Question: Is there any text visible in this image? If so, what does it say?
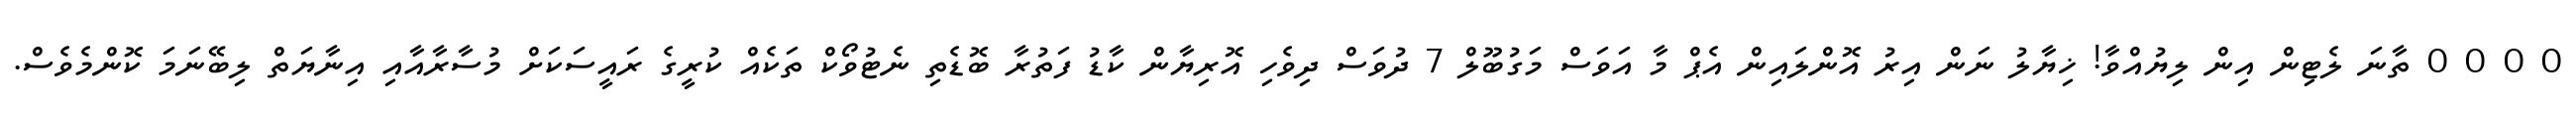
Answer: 0 0 0 0 ތާނަ ލެޓިން އިން ލިޔުއްވާ! ޚިޔާލު ނަން އިރު އޮންލައިން އެޕް މާ އަވަސް މަގުބޫލް 7 ދުވަސް ދިވެހި އޮރިޔާން ކާޑު ފަތުރާ ބޮޑެތި ނެޓުވޯކް ތަކެއް ކުރީގެ ރައީސަކަށް މުސާރާއާއި އިނާޔަތް ލިބޭނަމަ ކޮންމެވެސް.